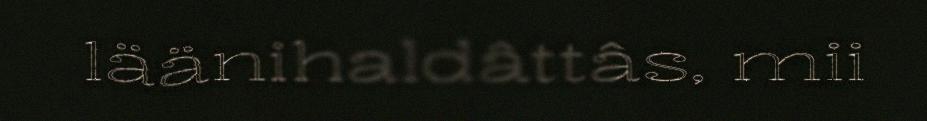
läänihaldâttâs, mii